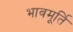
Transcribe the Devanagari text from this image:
भावमूर्ति